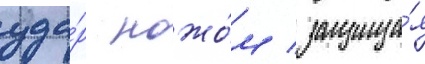
уда́р ножо́м / защища́я